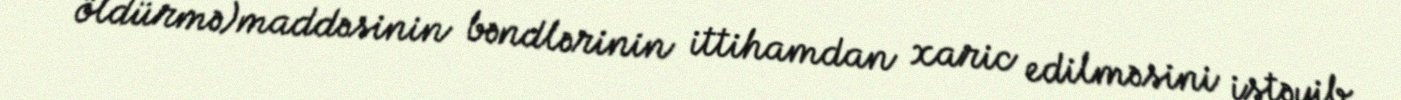
öldürmə)maddəsinin bəndlərinin ittihamdan xaric edilməsini istəyib.